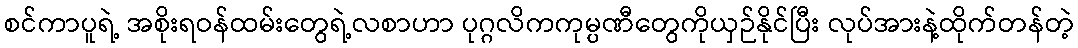
စင်ကာပူရဲ့ အစိုးရဝန်ထမ်းတွေရဲ့လစာဟာ ပုဂ္ဂလိကကုမ္ပဏီတွေကိုယှဉ်နိုင်ပြီး လုပ်အားနဲ့ထိုက်တန်တဲ့